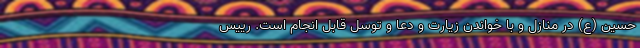
حسین (ع) در منازل و با خواندن زیارت و دعا و توسل قابل انجام است. رییس